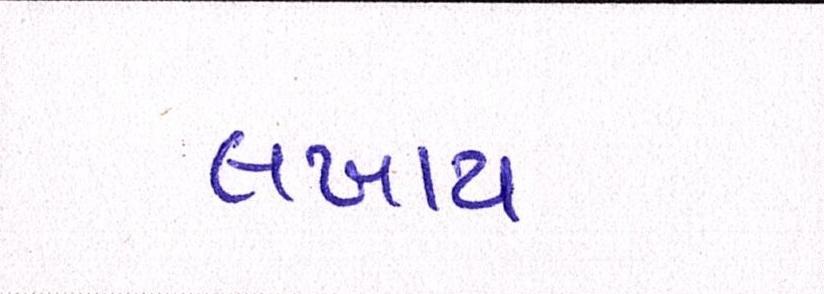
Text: લખાય